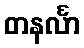
တနင်္လာ